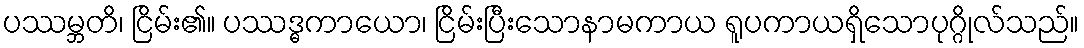
ပဿမ္ဘတိ၊ ငြိမ်း၏။ ပဿဒ္ဓကာယော၊ ငြိမ်းပြီးသောနာမကာယ ရူပကာယရှိသောပုဂ္ဂိုလ်သည်။